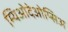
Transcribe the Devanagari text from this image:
म्यिओदेओप्सिअ